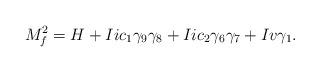
LaTeX: \begin{align*}M^{2}_{f}=H+Iic_1 \gamma_9 \gamma_8 +Iic_2 \gamma_6 \gamma_7 +Iv \gamma_1.\end{align*}